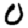
Digit: 0